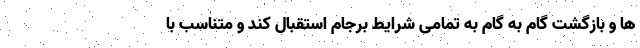
ها و بازگشت گام به گام به تمامی شرایط برجام استقبال کند و متناسب با